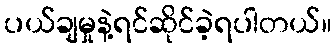
ပယ်ချမှုနဲ့ရင်ဆိုင်ခဲ့ရပါတယ်။